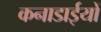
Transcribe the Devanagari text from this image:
कनाडाईयों